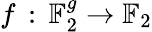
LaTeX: f\, :\, \mathbb{F}_{2}^{g}\to\mathbb{F}_{2}